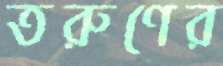
তরুণের